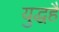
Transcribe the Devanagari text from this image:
युद्धहै